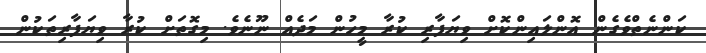
ކަންނެތްވެގެން އޮންލައިންކޮށް ވިޔަފާރި ކުރާ މީހުން މަދެއް ނޫނެވެ. މިގޮތަށް ކުރާ ވިޔަފާރިތަކުން